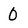
Character: O